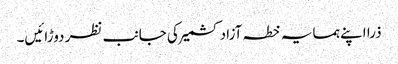
ذرا اپنے ہمسایہ خطہ آزاد کشمیر کی جانب نظر دوڑائیں۔